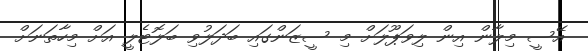
އޭސީ މިލާން އިން ލިވަޕޫލަށް މި ސީޒަންގައި ބަދަލުވި ބަލޮޓެލީ އަށް މިހާތަނަށް